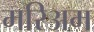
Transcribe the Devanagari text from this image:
मरिअम